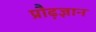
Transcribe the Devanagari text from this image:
प्रौढ़ज्ञान